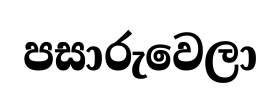
පසාරුවෙලා